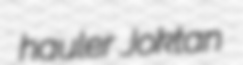
hauler Joktan